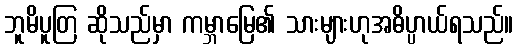
ဘူမိပူတြ ဆိုသည်မှာ ကမ္ဘာမြေ၏ သားများဟုအဓိပ္ပာယ်ရသည်။